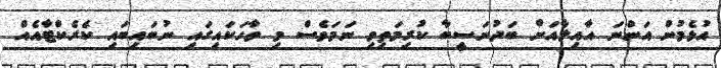
އުޅެމުން އަންނަ އާއިލާއަށް ބަދުނަސީބާ ކުރިމަތިވި ނަމަވެސް މި ވާހަކައިގައި ނުބައިބައި ކެރެކްޓާއެއް